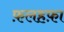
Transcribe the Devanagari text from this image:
फ़लहफ़ा